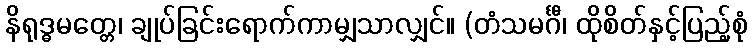
နိရုဒ္ဓမတ္တေ၊ ချုပ်ခြင်းရောက်ကာမျှသာလျှင်။ (တံသမင်္ဂီ၊ ထိုစိတ်နှင့်ပြည့်စုံ